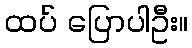
ထပ် ပြောပါဦး။